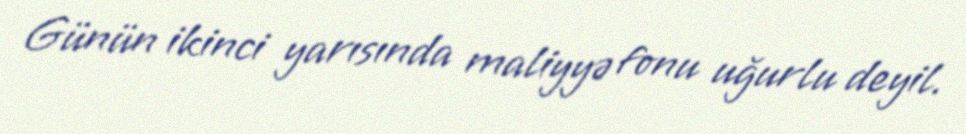
Günün ikinci yarısında maliyyə fonu uğurlu deyil.